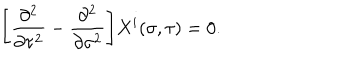
\Biggl [ \frac { \partial ^ { 2 } } { \partial \tau ^ { 2 } } - \frac { \partial ^ { 2 } } { \partial \sigma ^ { 2 } } \Biggr ] X ^ { i } ( \sigma , \tau ) = 0 .